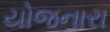
યોજનારા